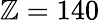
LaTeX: \mathbb{Z}=140